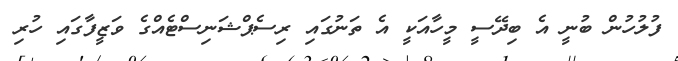
ފުލުހުން ބުނީ އެ ބިދޭސީ މީހާއަކީ އެ ތަނުގައި ރިސެޕްޝަނިސްޓެއްގެ ވަޒީފާގައި ހުރި